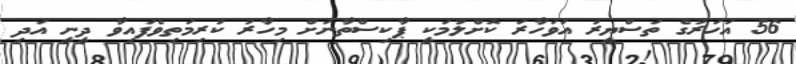
56 އަހަރުގެ ތަސްޔީރު އަވަހާރަ ކޮށްލުމަކީ ޕާކިސްތާނަށް މިހާރު ކުރިމަތިވެފައިވާ ދީނީ އަދި